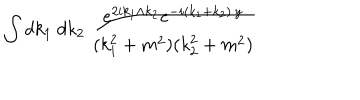
LaTeX: \int d k _ { 1 } \ d k _ { 2 } \ \frac { e ^ { 2 i k _ { 1 } \wedge k _ { 2 } } e ^ { - i ( k _ { 1 } + k _ { 2 } ) \cdot y } } { ( k _ { 1 } ^ { 2 } + m ^ { 2 } ) ( k _ { 2 } ^ { 2 } + m ^ { 2 } ) }